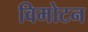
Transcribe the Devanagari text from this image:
विमोटन